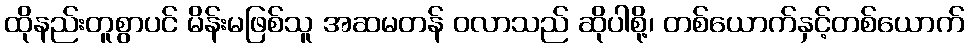
ထိုနည်းတူစွာပင် မိန်းမဖြစ်သူ အဆမတန် ဝလာသည် ဆိုပါစို့၊ တစ်ယောက်နှင့်တစ်ယောက်